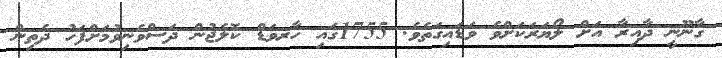
ގާނޫނީ ދާއިރާ އަށް ލޯޔަރަކަށްވެ ވަޑައިގަތެވެ. 1755ގައި ހާރވަޑް ކޮލެޖުން ދަސްވެނިވުމަށްފަހު ދެތިން